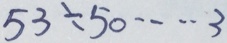
5 3 \div 5 0 \cdots 3